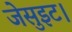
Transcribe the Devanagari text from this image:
जेसुइट।